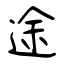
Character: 途